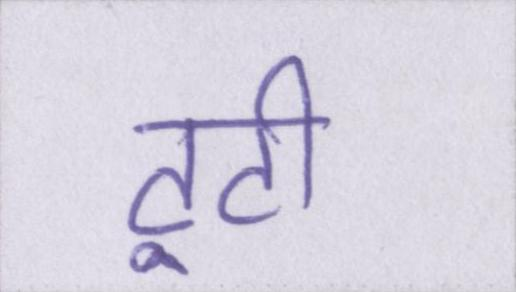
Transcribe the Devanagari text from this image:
टूटी